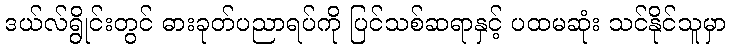
ဒယ်လ်ရွိုင်းတွင် ဓားခုတ်ပညာရပ်ကို ပြင်သစ်ဆရာနှင့် ပထမဆုံး သင်နိုင်သူမှာ